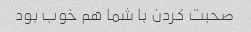
صحبت کردن با شما هم خوب بود